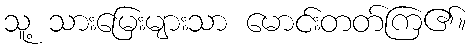
သူ့ သားမြေးများသာ မောင်းတတ်ကြ၏။